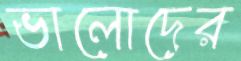
ভালোদের